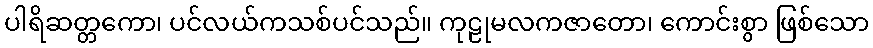
ပါရိဆတ္တကော၊ ပင်လယ်ကသစ်ပင်သည်။ ကုဠုမလကဇာတော၊ ကောင်းစွာ ဖြစ်သော